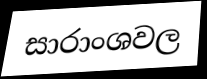
සාරාංශවල